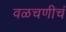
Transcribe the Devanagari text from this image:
वळचणीचं